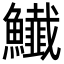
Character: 𩽅